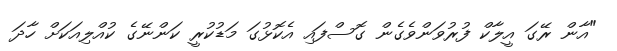
"އާން ރޭގަ އީލާކް ފުރުވަންވެގެން ގޮސްފައި އެކޮޅުގަ މަޑުކުރީ ކަންނޭގެ ކުއްލިއަކަށް ހާދަ